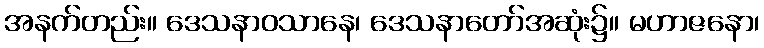
အနက်တည်း။ ဒေသနာဝသာနေ၊ ဒေသနာတော်အဆုံး၌။ မဟာဇနော၊